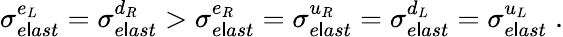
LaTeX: \sigma_{e\mathsf{l}ast}^{e_{L}}=\sigma_{e\mathsf{l}ast}^{d_{R}}>\sigma_{e\mathsf{l}ast}^{e_{R}}=\sigma_{e\mathsf{l}ast}^{u_{R}}=\sigma_{e\mathsf{l}ast}^{d_{L}}=\sigma_{e\mathsf{l}ast}^{u_{L}}\; .